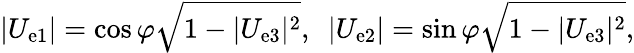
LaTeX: |U_{\mathrm{e}1}|=\cos\varphi\sqrt{1-|U_{\mathrm{e}3}|^{2}},~~|U_{\mathrm{e}2}|=\sin\varphi\sqrt{1-|U_{\mathrm{e}3}|^{2}},